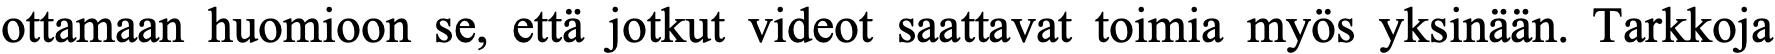
ottamaan huomioon se, että jotkut videot saattavat toimia myös yksinään. Tarkkoja